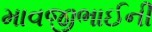
માવજીભાઈની